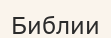
Библии